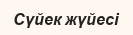
Сүйек жүйесі